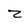
Character: z